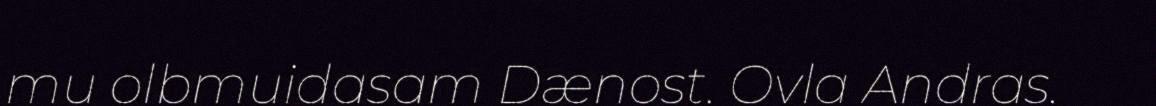
mu olbmuidasam Dænost. Ovla Andras.